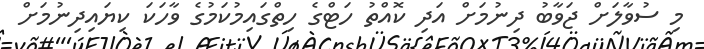
މި ސުވާލަށް ޖަވާބު ދިނުމަށް އަދި ކޮއްތު ހަޓްގެ ހިތްގައިމުކަމުގެ ވާހަކަ ކިޔައިދިނުމަށް